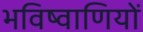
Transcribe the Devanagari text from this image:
भविष्वाणियों